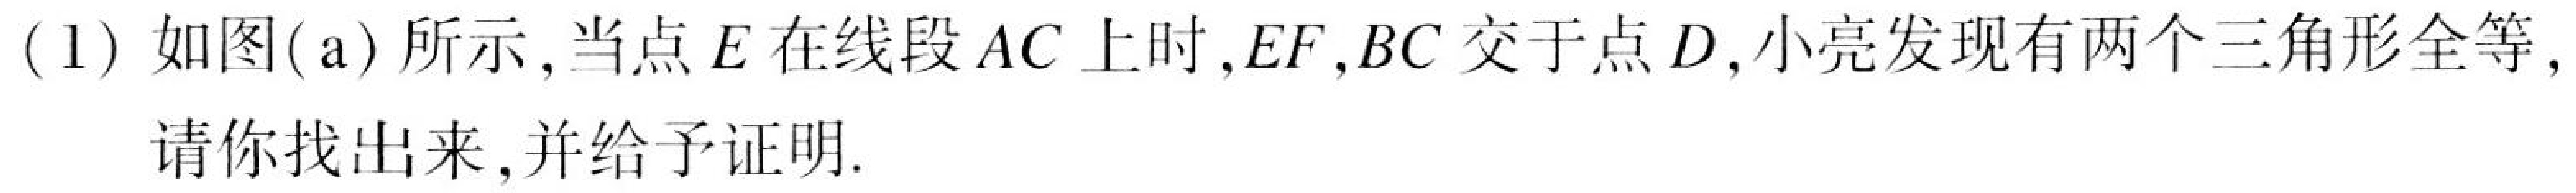
(1) 如图(\(a\))所示，当点\(E\)在线段\(AC\)上时，\(EF\)，\(BC\)交于点\(D\)，小亮发现有两个三角形全等，请你找出来，并给予证明.